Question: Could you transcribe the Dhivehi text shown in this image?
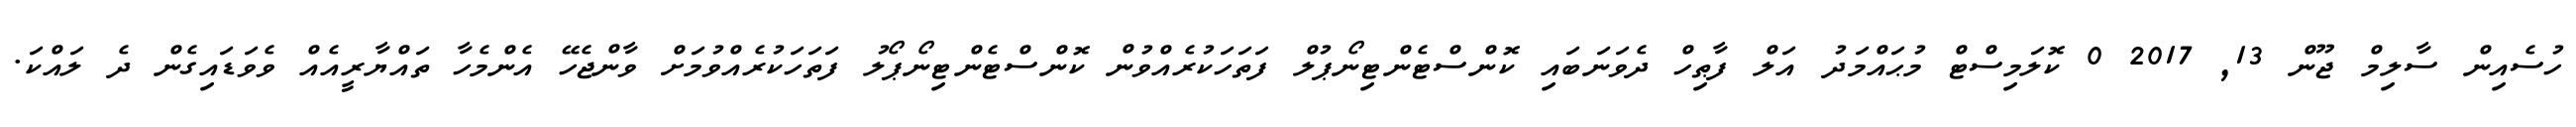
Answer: ހުސެއިން ސާލިމް ޖޫން 13, 2017 0 ކޮލަމިސްޓް މުޙައްމަދު އަލް ފާޠިހް ދެވަނަބައި ކޮންސްޓެންޓިނޯޕުލް ފަތަހަކުރެއްވުން ކޮންސްޓެންޓިނޯޕޯލު ފަތަހަކުރެއްވުމަށް ވާންޖެހޭ އެންމެހާ ތައްޔާރީއެއް ވެވަޑައިގެން ދެ ލައްކަ.